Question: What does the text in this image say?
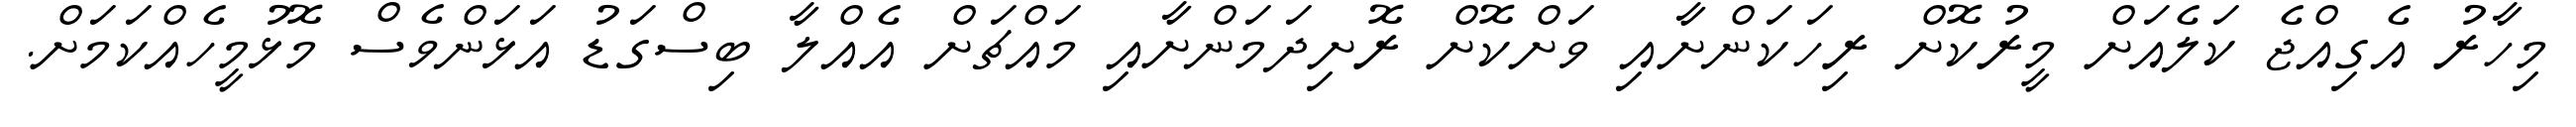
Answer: މިހާރު އެގިއްޖެ ކަލެއަށް މީރުކޮށް ރިހަކަންށާއި ވަށްކޮށް ރޮށިދަމަންށާއި މައްޗަށް އެއްލާ ބިސްގަޑު އަޅަންވެސް މޮޅުމީހެއްކަމަށް.